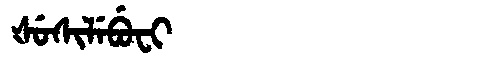
Manchu: ᡧᡠᠰᡳᠯᡝᠪᡠᠸᡳ
Romanization: ŠUSILEBUFI